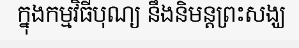
ក្នុងកម្មវិធីបុណ្យ នឹងនិមន្តព្រះសង្ឃ